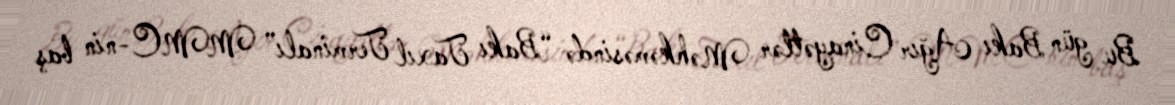
Bu gün Bakı Ağır Cinayətlər Məhkəməsində “Bakı Taxıl Terminalı” MMC-nin baş